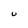
Character: U